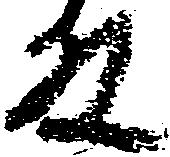
殿